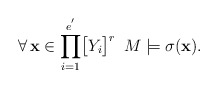
\begin{align*}\forall\,\mathbf{x}\in\displaystyle{\prod_{i=1}^{e^{'}}}\big{[}Y_{i}\big{]}^{r}\,\,\,M\models\sigma(\mathbf{x}).\end{align*}